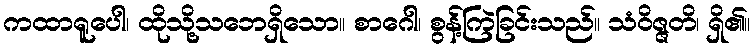
ကထာရူပေါ၊ ထိုသို့သဘေရှိသော။ စာဂေါ၊ စွန့်ကြဲခြင်းသည်။ သံဝိဇ္ဇတိ၊ ရှိ၏။